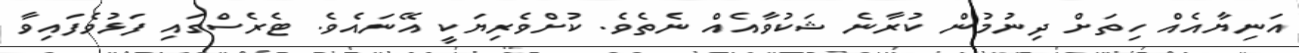
އަނިޔާއެއް ހިތަށް ދިނުމުން ކުރާނެ ޝަކުވާއެއް ނެތެވެ. ކުށްވެރިޔަކީ އޭނައެވެ. ޓެރެސްގައި ފަޅުވެފައިވާ